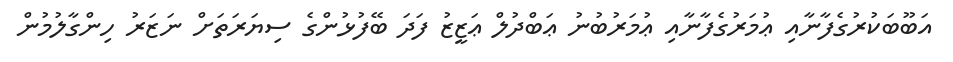
އަބޫބަކުރުގެފާނާއި ޢުމަރުގެފާނާއި ޢުމަރުބުނު ޢަބްދުލް ޢަޒީޒު ފަދަ ބޭފުޅުންގެ ސިޔަރަތަށް ނަޒަރު ހިންގާލުމުން